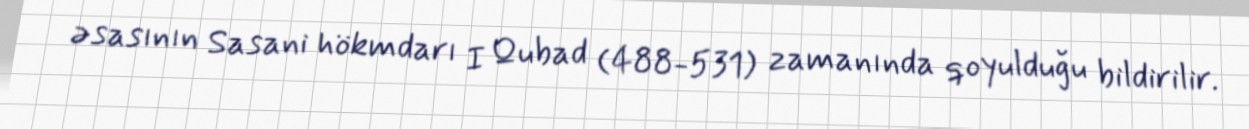
əsasının Sasani hökmdarı I Qubad (488-531) zamanında qoyulduğu bildirilir.